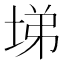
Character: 𡌡